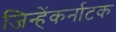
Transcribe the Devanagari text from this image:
जिन्हेंकर्नाटक